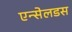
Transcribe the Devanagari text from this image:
एन्सेलडस